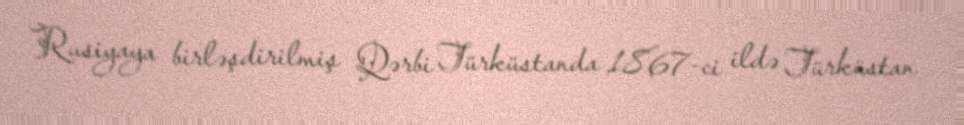
Rusiyaya birləşdirilmiş Qərbi Türküstanda 1867-ci ildə Türküstan